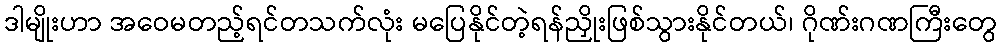
ဒါမျိုးဟာ အဝေမတည့်ရင်တသက်လုံး မပြေနိုင်တဲ့ရန်ညှိုးဖြစ်သွားနိုင်တယ်၊ ဂိုဏ်းဂဏကြီးတွေ